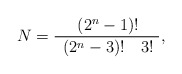
\begin{align*}N={\frac{~~~\left( 2^{n}-1\right) !~~~}{~\left( 2^{n}-3\right) !~~~3!~}},\end{align*}